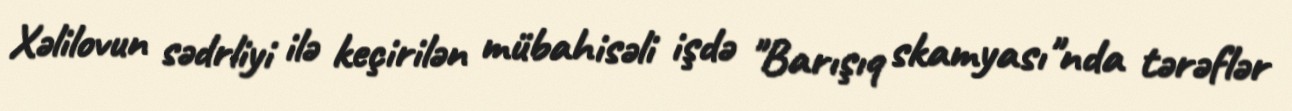
Xəlilovun sədrliyi ilə keçirilən mübahisəli işdə "Barışıq skamyası"nda tərəflər